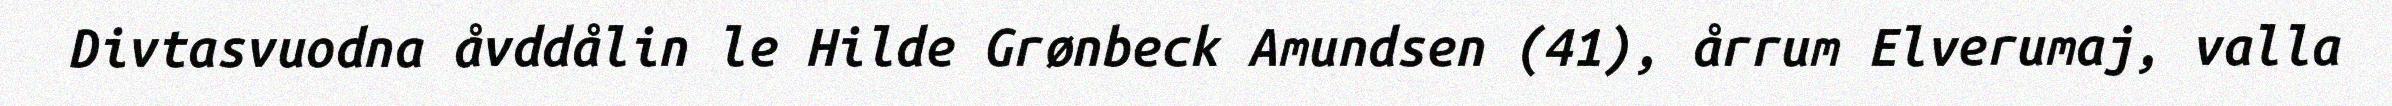
Divtasvuodna åvddålin le Hilde Grønbeck Amundsen (41), årrum Elverumaj, valla